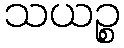
သယဉ္စ